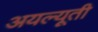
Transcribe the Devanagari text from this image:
अयल्यूती